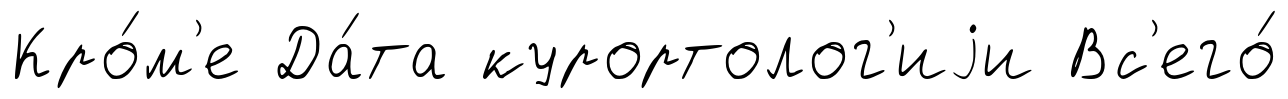
Кро́м'е Да́та курортолог'иjи Вс'его́